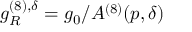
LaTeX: g _ { R } ^ { ( 8 ) , \delta } = g _ { 0 } / A ^ { ( 8 ) } ( p , \delta )